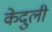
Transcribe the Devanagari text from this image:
केदुली